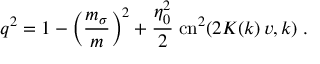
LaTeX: q ^ { 2 } = 1 - \left( { \frac { m _ { \sigma } } { m } } \right) ^ { 2 } + { \frac { \eta _ { 0 } ^ { 2 } } { 2 } } \; \mathrm { c n } ^ { 2 } ( 2 K ( k ) \, v , k ) \; .